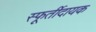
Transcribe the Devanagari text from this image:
स्फूर्तीदायक